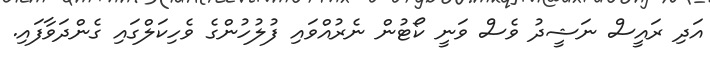
އަދި ރައީސް ނަޝީދު ވެސް ވަނީ ކޯޓުން ނެރުއްވައި ފުލުހުންގެ ވެހިކަލްގައި ގެންދަވާފައި.